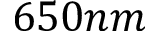
6 5 0 n m